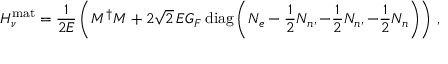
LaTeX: H _ { \nu } ^ { \mathrm { m a t } } = \frac { 1 } { 2 E } \left( M ^ { \dagger } M + 2 \sqrt { 2 } \, E G _ { F } \, \mathrm { d i a g } \left( N _ { e } - \frac { 1 } { 2 } N _ { n } , - \frac { 1 } { 2 } N _ { n } , - \frac { 1 } { 2 } N _ { n } \right) \right) \, ,